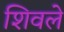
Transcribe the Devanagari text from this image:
शिवले